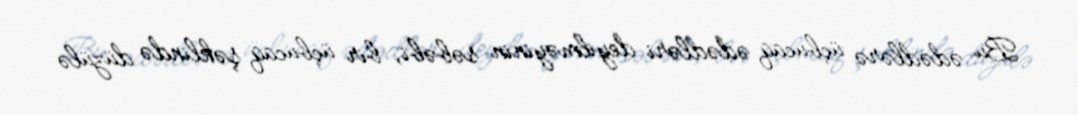
Bu ədədlərə üçbucaq ədədləri deyilməyinin səbəbi, bir üçbucaq şəklində düzülə